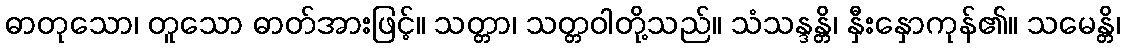
ဓာတုသော၊ တူသော ဓာတ်အားဖြင့်။ သတ္တာ၊ သတ္တဝါတို့သည်။ သံသန္ဒန္တိ၊ နှီးနှောကုန်၏။ သမေန္တိ၊